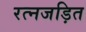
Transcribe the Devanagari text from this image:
रत्नजड़ित